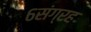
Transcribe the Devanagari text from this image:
६संग्रह